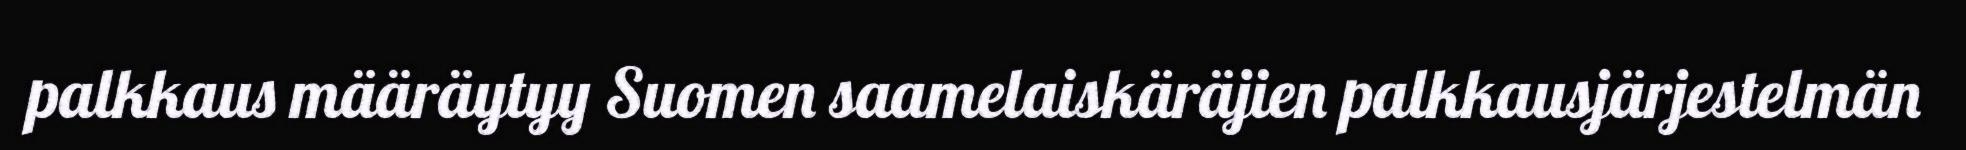
palkkaus määräytyy Suomen saamelaiskäräjien palkkausjärjestelmän